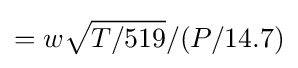
=w{\sqrt {T/519}}/(P/14.7)